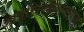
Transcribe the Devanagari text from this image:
आवृत्तिकालावरून